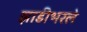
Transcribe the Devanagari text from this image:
झाडीभरले